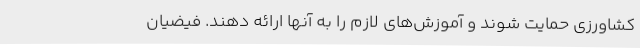
کشاورزی حمایت شوند و آموزش‌های لازم را به آنها ارائه دهند. فیضیان